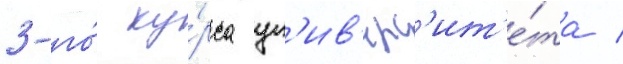
3-го́ ку́рса ун'ив'ерс'ит'е́та /